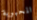
المحبوبة